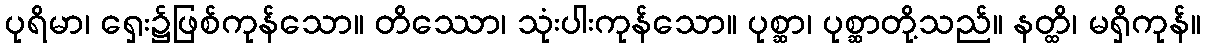
ပုရိမာ၊ ရှေး၌ဖြစ်ကုန်သော။ တိဿော၊ သုံးပါးကုန်သော။ ပုစ္ဆာ၊ ပုစ္ဆာတို့သည်။ နတ္ထိ၊ မရှိကုန်။